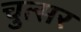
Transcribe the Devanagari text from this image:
चुत्सर